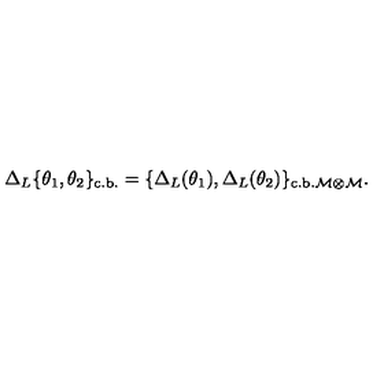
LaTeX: \Delta _ { L } \{ \theta _ { 1 } , \theta _ { 2 } \} _ { \mathrm { c . b . } } = \{ \Delta _ { L } ( \theta _ { 1 } ) , \Delta _ { L } ( \theta _ { 2 } ) \} _ { \mathrm { c . b . } \cal { M } \otimes \cal { M } } .